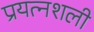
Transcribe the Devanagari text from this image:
प्रयत्नशली